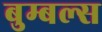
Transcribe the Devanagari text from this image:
बुम्बल्स